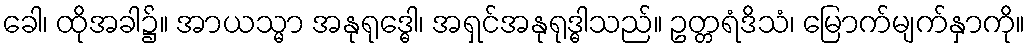
ခေါ၊ ထိုအခါ၌။ အာယသ္မာ အနုရုဒ္ဓေါ၊ အရှင်အနုရုဒ္ဓါသည်။ ဥတ္တရံဒိသံ၊ မြောက်မျက်နှာကို။